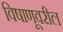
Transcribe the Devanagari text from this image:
विषाणूवरील